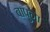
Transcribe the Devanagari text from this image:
बापुना